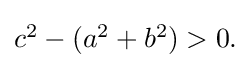
{\textstyle c^{2}-(a^{2}+b^{2})>0.}